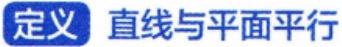
定义 直线与平面平行